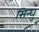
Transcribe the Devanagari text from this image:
सिन्घु